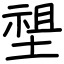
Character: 𡏄